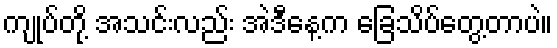
ကျုပ်တို့ အသင်းလည်း အဲဒီနေ့က ခြေသိပ်တွေ့တာပဲ။